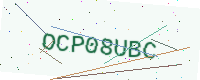
Text: OCP08UBC